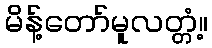
မိန့်တော်မူလတ္တံ့။